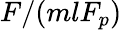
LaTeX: F/(mlF_{p})